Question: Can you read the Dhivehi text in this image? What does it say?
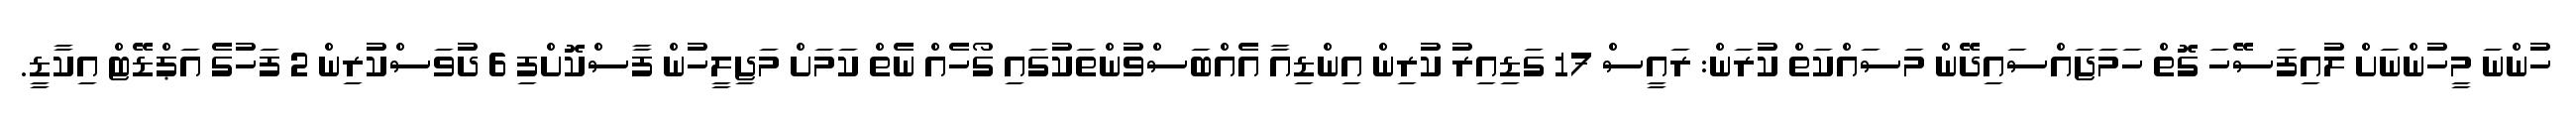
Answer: ހުންނަ މީހުންނަށް ލުއިފަސޭހަ ގޮތް ހަމަޖައްސައިދޭން މަސައްކަތް ކުރަން: ރައީސް 17 ގަޑިއިރު ކުރިން އިންޑިއާ އެއްބަސްވުންތަކުގައި ގޯހެއް ނެތް ކަމަށް މަޖިލީހުން ފާސްކޮށްފި 6 ދުވަސްކުރިން 2 ފަހުގެ އަޕްޑޭޓް އިކާޑީ.